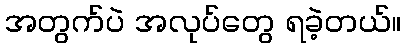
အတွက်ပဲ အလုပ်တွေ ရခဲ့တယ်။